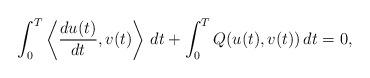
LaTeX: \begin{align*}\int_0^T\left\langle \frac{du(t)}{dt}, v(t)\right\rangle\, dt+\int_0^T Q(u(t),v(t))\, dt= 0,\end{align*}